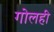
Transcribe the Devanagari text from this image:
गोलही